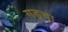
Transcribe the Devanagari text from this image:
गडूचा